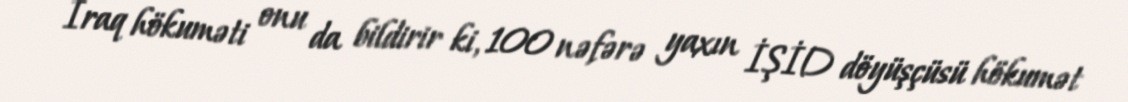
İraq hökuməti onu da bildirir ki, 100 nəfərə yaxın İŞİD döyüşçüsü hökumət